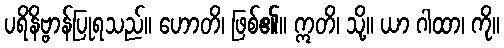
ပရိနိဗ္ဗာန်ပြုရသည်။ ဟောတိ၊ ဖြစ်၏။ ဣတိ၊ သို့။ ယာ ဂါထာ၊ ကို။